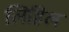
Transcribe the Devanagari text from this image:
लिहिल